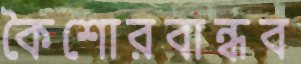
কৈশোরবান্ধব